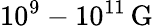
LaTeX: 10^{9}-10^{11}\, \mathrm{G}